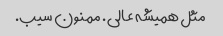
مثل همیشه عالی. ممنون سیب.